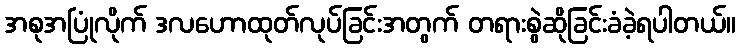
အစုအပြုံလိုက် ဒလဟောထုတ်လုပ်ခြင်းအတွက် တရားစွဲဆိုခြင်းခံခဲ့ရပါတယ်။